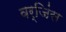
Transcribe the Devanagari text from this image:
वर्जिंस